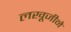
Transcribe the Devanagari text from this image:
लखूजीने